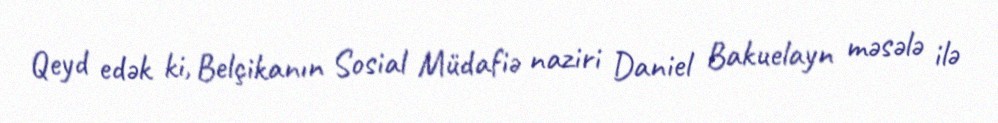
Qeyd edək ki, Belçikanın Sosial Müdafiə naziri Daniel Bakuelayn məsələ ilə